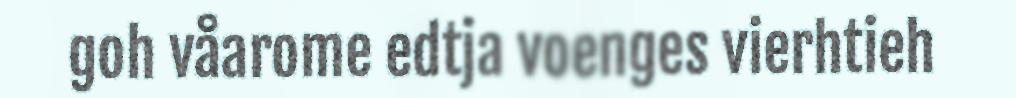
goh våarome edtja voenges vierhtieh